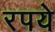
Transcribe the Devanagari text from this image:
रपये